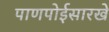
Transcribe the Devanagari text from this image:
पाणपोईसारखे